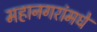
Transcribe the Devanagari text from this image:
महानगरांमधे